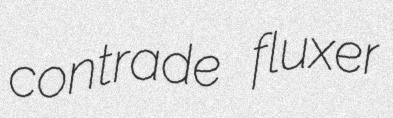
contrade fluxer